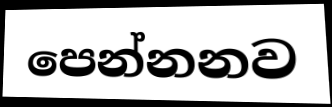
පෙන්නනව